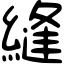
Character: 縫